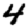
Digit: 4